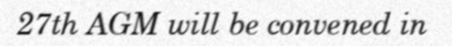
27th AGM will be convened in